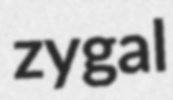
zygal